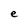
Character: e